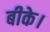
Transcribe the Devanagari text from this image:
बीके।